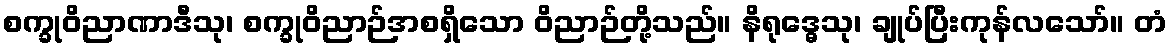
စက္ခုဝိညာဏာဒီသု၊ စက္ခုဝိညာဉ်အစရှိသော ဝိညာဉ်တို့သည်။ နိရုဒ္ဓေသု၊ ချုပ်ပြီးကုန်လသော်။ တံ